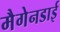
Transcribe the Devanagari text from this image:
मैगेनडाई